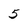
Character: 5